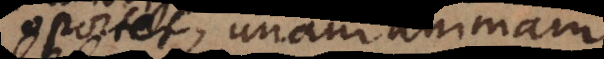
oportet, unam animam,